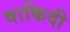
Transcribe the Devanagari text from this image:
वाकिदी